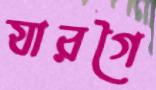
যারগৈ